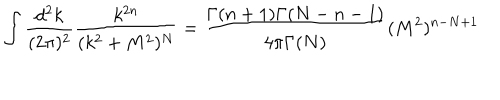
LaTeX: \int \frac { d ^ { 2 } k } { ( 2 \pi ) ^ { 2 } } \frac { k ^ { 2 n } } { ( k ^ { 2 } + M ^ { 2 } ) ^ { N } } = \frac { \Gamma ( n + 1 ) \Gamma ( N - n - 1 ) } { 4 \pi \Gamma ( N ) } ( M ^ { 2 } ) ^ { n - N + 1 } \,